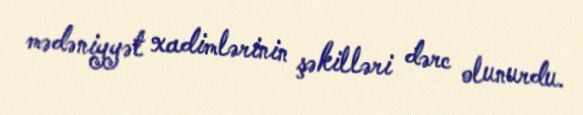
mədəniyyət xadimlərinin şəkilləri dərc olunurdu.